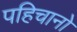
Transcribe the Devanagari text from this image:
पहिचानो